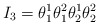
\begin{align*}I_3=\theta_1^1 \theta_1^2 \theta_2^1 \theta_2^2\end{align*}